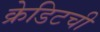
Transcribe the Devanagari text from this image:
क्रेडिटची